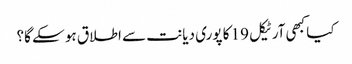
کیا کبھی آرٹیکل 19 کا پوری دیانت سے اطلاق ہو سکے گا؟